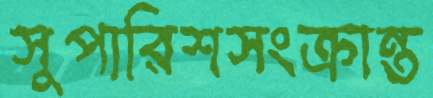
সুপারিশসংক্রান্ত